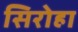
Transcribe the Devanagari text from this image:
सिरोहा